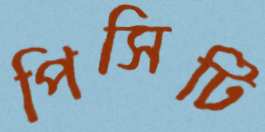
পিসিটি